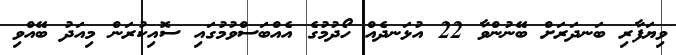
ވިޔަފާރި ބަނދަރަށް ބޭނުންވާ 22 އުޅަނދެއް ހޯދުމުގެ އެއްބަސްވުމުގައި ސޮއިކުރަން މިއަދު ބޭއްވި